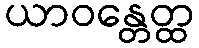
ယာဝန္တေတ္ထ